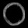
Digit: ၀